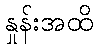
နှုန်းအထိ